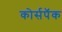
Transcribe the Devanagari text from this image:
कोर्सपॅक